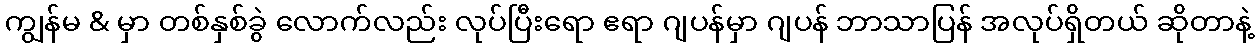
ကျွန်မ & မှာ တစ်နှစ်ခွဲ လောက်လည်း လုပ်ပြီးရော ဧရာ ဂျပန်မှာ ဂျပန် ဘာသာပြန် အလုပ်ရှိတယ် ဆိုတာနဲ့